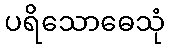
ပရိသောဓေသုံ